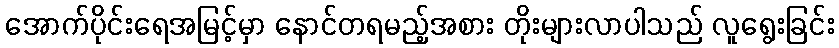
အောက်ပိုင်းရေအမြင့်မှာ နောင်တရမည့်အစား တိုးများလာပါသည် လူရွေးခြင်း